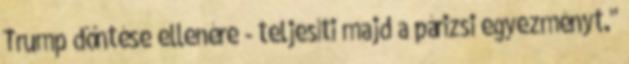
Trump döntése ellenére - teljesíti majd a párizsi egyezményt."